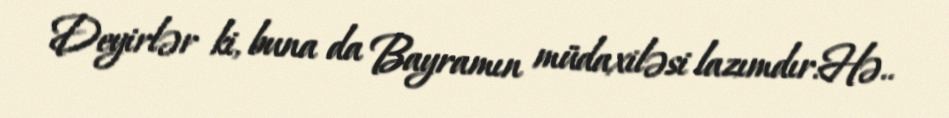
Deyirlər ki, buna da Bayramın müdaxiləsi lazımdır:Hə..